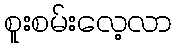
စူးစမ်းလေ့လာ